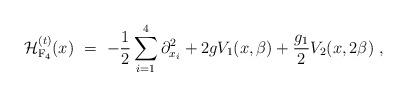
LaTeX: \begin{align*} {\cal H}_{\rm F_4}^{(t)}(x) \ =\ -\frac{1}{2} \sum_{i=1}^{4} \partial_{x_i}^2 + 2g V_1(x,\beta) + \frac{g_1}{2} V_2(x,2\beta) \ ,\end{align*}